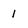
Character: 1